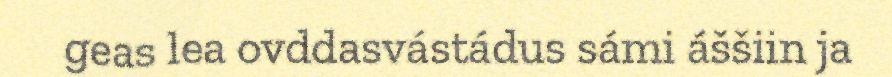
geas lea ovddasvástádus sámi áššiin ja